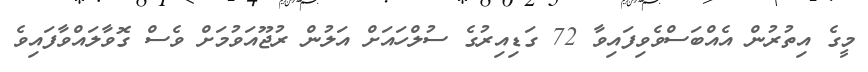
މީގެ އިތުރުން އެއްބަސްވެވިފައިވާ 72 ގަޑިއިރުގެ ސުލްހައަށް އަލުން ރުޖޫއަވުމަށް ވެސް ގޮވާލައްވާފައިވެ